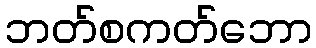
ဘတ်စကတ်ဘော